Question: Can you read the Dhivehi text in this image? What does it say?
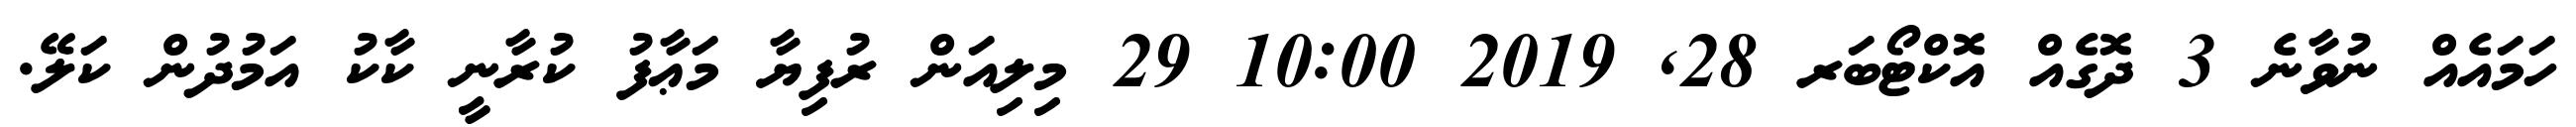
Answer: ހަމައެއް ނުވާނެ 3 ދޮގެއް އޮކްޓޯބަރ 28, 2019 10:00 29 މިލިއަން ރުފިޔާ މަޢާފު ކުރާނީ ކާކު އަމުދުން ކަލޭ.